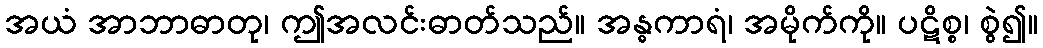
အယံ အာဘာဓာတု၊ ဤအလင်းဓာတ်သည်။ အန္ဓကာရံ၊ အမိုက်ကို။ ပဋိစ္စ၊ စွဲ၍။